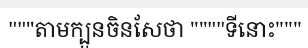
"""តាមក្បួនចិនសែថា """"ទីនោះ"""